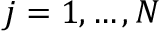
j = 1 , \dots , N